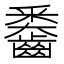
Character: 𪙖